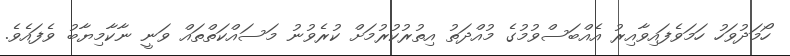
ހޯމަދުވަހު ހަމަވެފައިވާއިރު އެއްބަސްވުމުގެ މުއްދަތު އިތުރުކުރުމަށް ކުރެވުނު މަސައްކަތްތައް ވަނީ ނާކާމިޔާބު ވެފައެވެ.